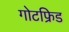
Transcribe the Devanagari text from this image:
गोटफ्रिड